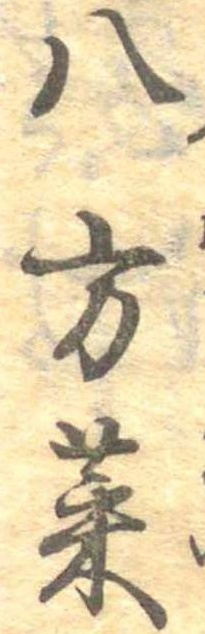
八方菜